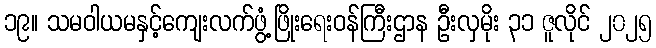
၁၉။ သမဝါယမနှင့်ကျေးလက်ဖွံ့ဖြိုးရေးဝန်ကြီးဌာန ဦးလှမိုး ၃၁ ဇူလိုင် ၂၀၂၅